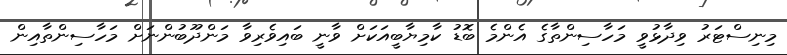
މިނިސްޓަރު ވިދާޅުވީ މަހާސިންތާގެ އެންމެ ބޮޑު ކާމިޔާބީއަކަށް ވާނީ ބައިވެރިވާ މަންދޫބުންނަށް މަހާސިންތާއިން